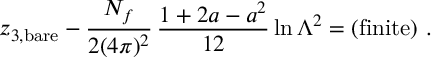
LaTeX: z _ { 3 , \mathrm { b a r e } } - \frac { N _ { f } } { 2 ( 4 \pi ) ^ { 2 } } \, \frac { 1 + 2 a - a ^ { 2 } } { 1 2 } \ln \Lambda ^ { 2 } = \mathrm { ( f i n i t e ) } \ .